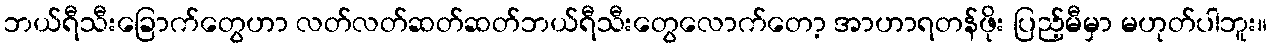
ဘယ်ရီသီးခြောက်တွေဟာ လတ်လတ်ဆတ်ဆတ်ဘယ်ရီသီးတွေလောက်တော့ အာဟာရတန်ဖိုး ပြည့်မီမှာ မဟုတ်ပါဘူး။